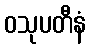
ဝသုပတီနံ